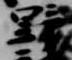
野